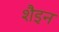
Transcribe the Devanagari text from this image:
शैइन